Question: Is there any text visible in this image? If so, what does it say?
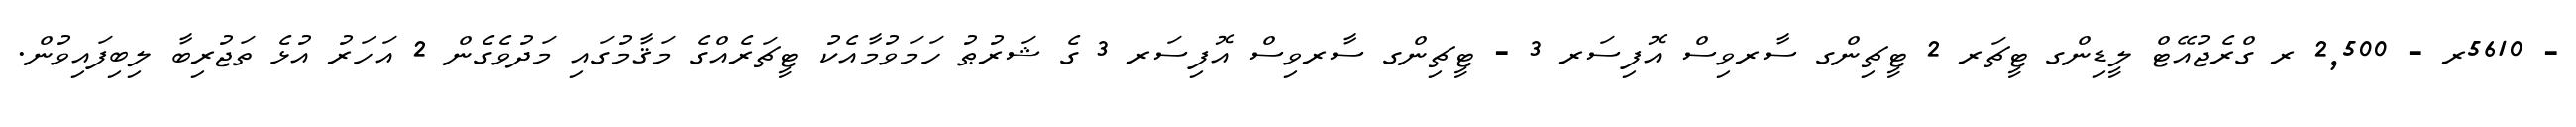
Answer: - 5610ރ - 2,500 ރ ގްރެޖުއޭޓް ލީޑިންގ ޓީޗަރ 2 ޓީޗިންގ ސާރވިސް އޮފިސަރ 3 - ޓީޗިންގ ސާރވިސް އޮފިސަރ 3 ގެ ޝަރުޠު ހަމަވުމާއެކު ޓީޗަރެއްގެ މަޤާމުގައި މަދުވެގެން 2 އަހަރު އުޅެ ތަޖުރިބާ ލިބިފައިވުން.